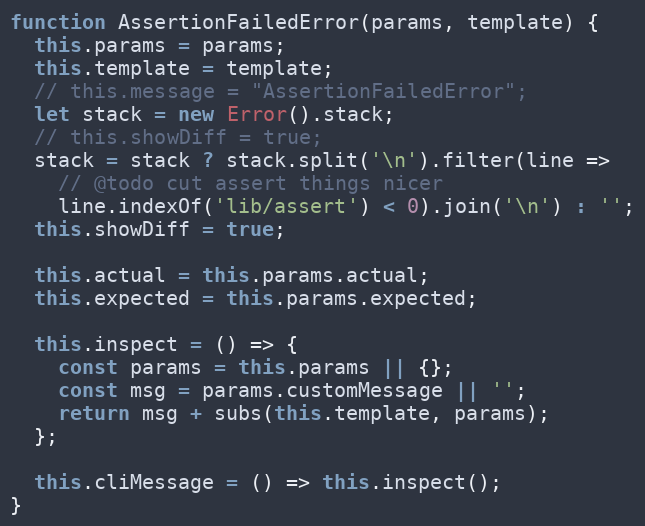
Language: JavaScript
function AssertionFailedError(params, template) {
  this.params = params;
  this.template = template;
  // this.message = "AssertionFailedError";
  let stack = new Error().stack;
  // this.showDiff = true;
  stack = stack ? stack.split('\n').filter(line =>
    // @todo cut assert things nicer
    line.indexOf('lib/assert') < 0).join('\n') : '';
  this.showDiff = true;

  this.actual = this.params.actual;
  this.expected = this.params.expected;

  this.inspect = () => {
    const params = this.params || {};
    const msg = params.customMessage || '';
    return msg + subs(this.template, params);
  };

  this.cliMessage = () => this.inspect();
}